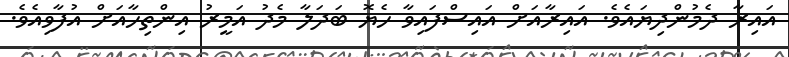
އައިރާ ދެމުންދިޔައެވެ. އައިރާއަށް އައިސްފައިވާ ހެޔޮ ބަދަލާ މެދު އަމީރު އިންތިހާއަށް އުފާވިއެވެ.